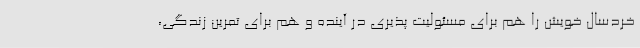
خردسال خویش را هم برای مسئولیت پذیری در آینده و هم برای تمرین زندگی،